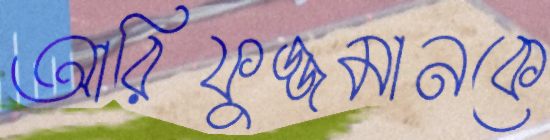
আরিফুজ্জমানকে